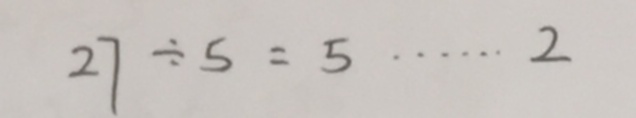
2 7 \div 5 = 5 \cdots 2